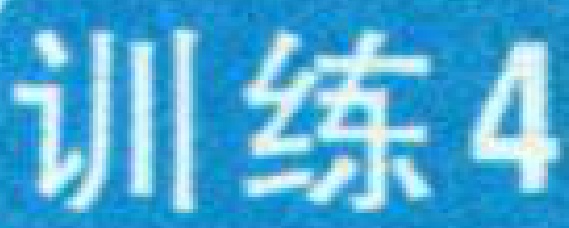
训练4